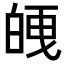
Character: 𭽘